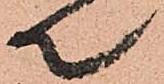
て